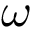
{ \boldsymbol \omega }